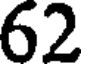
62